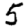
Digit: 5